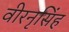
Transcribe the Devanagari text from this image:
वीरनृसिंह